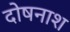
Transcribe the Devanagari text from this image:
दोषनाश